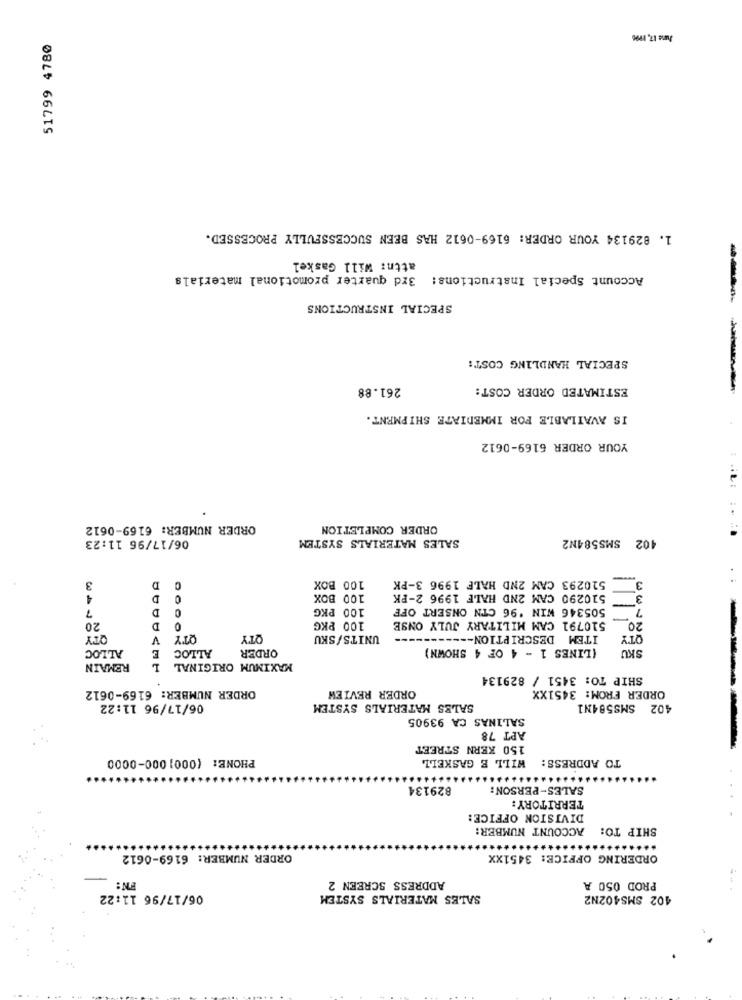
June 17, 1996
51799 4780
1. 829134 YOUR ORDER: 6169-0612 HAS BEEN SUCCESSFULLY PROCESSED.
attn: Will Gaskel
Account Special Instructions: 3rd quarter promotional materials
SPECIAL INSTRUCTIONS
-----
SPECIAL HANDLING COST:
261.88
ESTIMATED ORDER COST:
IS AVAILABLE FOR IMMEDIATE SHIPMENT.
YOUR ORDER 6169-0612
ORDER NUMBER: 6169-0612
ORDER COMPLETION
06/17/96 11:23
SALES MATERIALS SYSTEM
402 SMS584N2
510293 CAM 2ND HALE 1996 3-PK
-
3
D
100 BOX
3
4
D
100 BOX
510290 CAM 2ND HALE 1996 2-PK
3
100 PKG
505346 WIN '96 CTN ONSERT OFF
7
7
D
20
D
0
100 PKG
510791 CAM MILITARY JULY ONSE
20
TY
V
QTY
QTY
UNITS/SKU
ITEM DESCRIPTION ---------
QTY
ALLOC
E
ALLOC
ORDER
(LINES 1 - 4 OF 4 SHOWN)
SKU
REMAIN
L
MAXIMUM ORIGINAL
SHIP TO: 3451 / 829134
ORDER NUMBER: 6169-0612
ORDER REVIEW
ORDER FROM: 3451XX
06/17/96 11:22
SALES MATERIALS SYSTEM
SMS584N1
102
SALINAS CA 93905
APT 78
150 KERN STREET
PHONE: (000] 000-0000
WILL B GASKELL
TO ADDRESS:
829134
SALES-PERSON:
TERRITORY:
DIVISION OFFICE:
ACCOUNT NUMBER:
SHIP TO:
ORDER NUMBER: 6169-0612
ORDERING OFFICE: 3451XX
FN:
ADDRESS SCREEN 2
PROD 050 A
06/17/96 11:22
SALES MATERIALS SYSTEM
402 SMS402N2